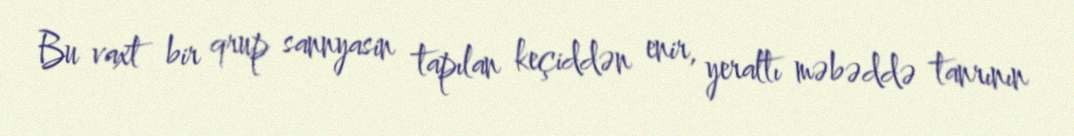
Bu vaxt bir qrup sannyasin tapılan keçiddən enir, yeraltı məbəddə tanrının